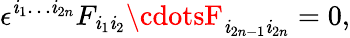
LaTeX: \epsilon^{\mathit{i}_{1}\ldots\mathit{i}_{2n}}F_{\mathit{i}_{1}\mathit{i}_{2}}\cdotsF_{\mathit{i}_{2n-1}\mathit{i}_{2n}}=0,